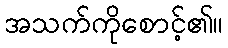
အသက်ကိုစောင့်၏။